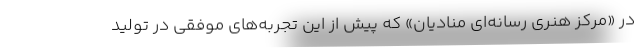
در «مرکز هنری رسانه‌ای منادیان» که پیش از این تجربه‌های موفقی در تولید